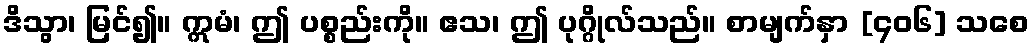
ဒိသွာ၊ မြင်၍။ ဣမံ၊ ဤ ပစ္စည်းကို။ ဧသ၊ ဤ ပုဂ္ဂိုလ်သည်။ စာမျက်နှာ [၄၀၆] သစေ